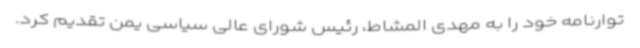
توارنامه خود را به مهدی المشاط، رئیس شورای عالی سیاسی یمن تقدیم کرد.